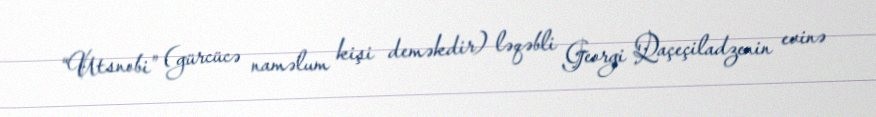
“Utsnobi” (gürcücə naməlum kişi deməkdir) ləqəbli Georgi Qaçeçiladzenin evinə